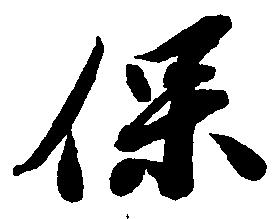
保